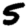
Digit: 5